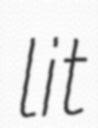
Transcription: lit